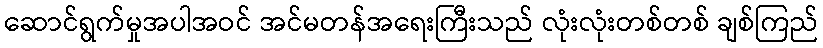
ဆောင်ရွက်မှုအပါအဝင် အင်မတန်အရေးကြီးသည် လုံးလုံးတစ်တစ် ချစ်ကြည်